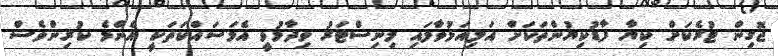
ޖޮގިން ޓުރެކަށް ކިޔާ ފާޑުކިޔުންތަކަށް އަލިއަޅުވާލައި މިނިސްޓަރު ވިދާޅުވީ އެމަސައްކަތަކީ އެންމެ ކުރިންވެސް